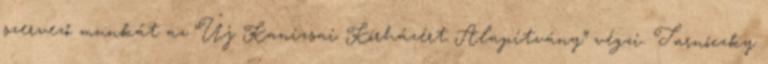
szervező munkát az “Új Kanizsai Kórházért Alapítvány” végzi. Tarnóczky